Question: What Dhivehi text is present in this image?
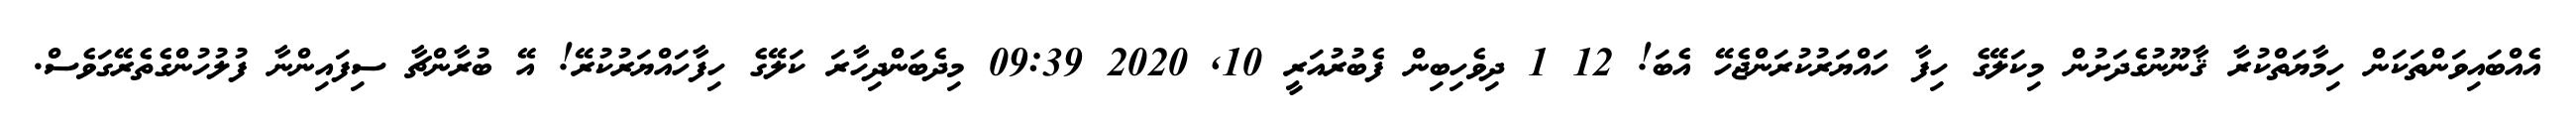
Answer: އެއްބައިވަންތަކަން ހިމާޔަތްކުރާ ޤާނޫނުގެދަށުން މިކަލޭގެ ހިފާ ހައްޔަރުކުރަންޖެހޭ އެބަ! 12 1 ދިވެހިބިން ފެބުރުއަރީ 10, 2020 09:39 މިދެބަންދިހާރަ ކަލޭގެ ހިފާހައްޔަރުކުރޭ! އޭ ބުރާންޗާ ސިފައިންނާ ފުލުހުންގެތެރޭގަވެސް.